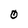
Character: O